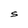
Character: S